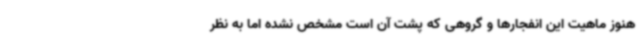
هنوز ماهیت این انفجارها و گروهی که پشت آن است مشخص نشده اما به نظر